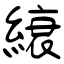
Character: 縗